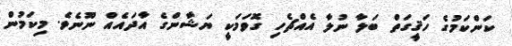
ކަންކަމުގެ ހަޤީގަތް ބަލާ ނުލާ އެއްޗެހި ގޮވަމަކީ ޔަޝާންގެ އާދައެއް ނޫނެވެ. މިކަމުން